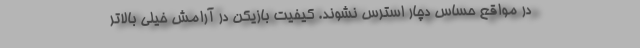
در مواقع حساس دچار استرس نشوند. کیفیت بازیکن در آرامش خیلی بالاتر